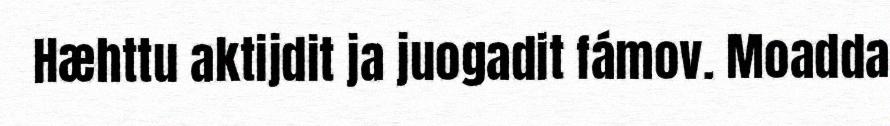
Hæhttu aktijdit ja juogadit fámov. Moadda